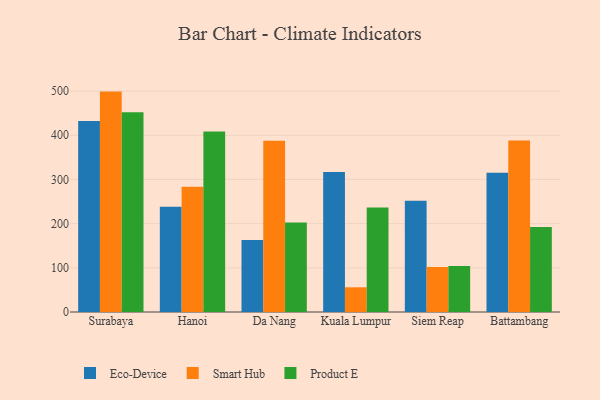
{"axis": {"x": "City", "y": "Humidity (%)"}, "legend": ["Eco-Device", "Product E", "Smart Hub"], "data": [{"x": "Surabaya", "y": 432.2, "type": "Eco-Device"}, {"x": "Surabaya", "y": 498.9, "type": "Smart Hub"}, {"x": "Surabaya", "y": 451.9, "type": "Product E"}, {"x": "Hanoi", "y": 238.2, "type": "Eco-Device"}, {"x": "Hanoi", "y": 283.8, "type": "Smart Hub"}, {"x": "Hanoi", "y": 408.7, "type": "Product E"}, {"x": "Da Nang", "y": 163.0, "type": "Eco-Device"}, {"x": "Da Nang", "y": 387.6, "type": "Smart Hub"}, {"x": "Da Nang", "y": 202.4, "type": "Product E"}, {"x": "Kuala Lumpur", "y": 316.7, "type": "Eco-Device"}, {"x": "Kuala Lumpur", "y": 55.9, "type": "Smart Hub"}, {"x": "Kuala Lumpur", "y": 236.5, "type": "Product E"}, {"x": "Siem Reap", "y": 251.8, "type": "Eco-Device"}, {"x": "Siem Reap", "y": 101.9, "type": "Smart Hub"}, {"x": "Siem Reap", "y": 104.1, "type": "Product E"}, {"x": "Battambang", "y": 315.4, "type": "Eco-Device"}, {"x": "Battambang", "y": 388.1, "type": "Smart Hub"}, {"x": "Battambang", "y": 192.6, "type": "Product E"}]}